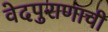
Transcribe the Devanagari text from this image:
वेदपुराणाची